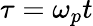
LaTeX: \tau=\omega_{p}t